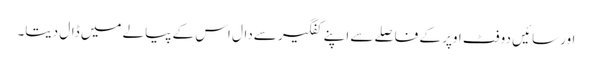
اور سائیں دو فٹ اوپر کے فاصلے سے اپنے کفگیر سےدال اس کے پیالے میں ڈال دیتا۔